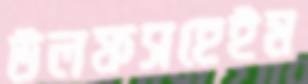
উলফসহেইম